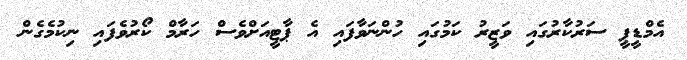
އެމްޑީޕީ ސަރުކާރުގައި ވަޒީރު ކަމުގައި ހުންނަވާފައި އެ ޕާޓީއަށްވެސް ހަރާމް ކޯރުވެފައި ނިކުމެގެން